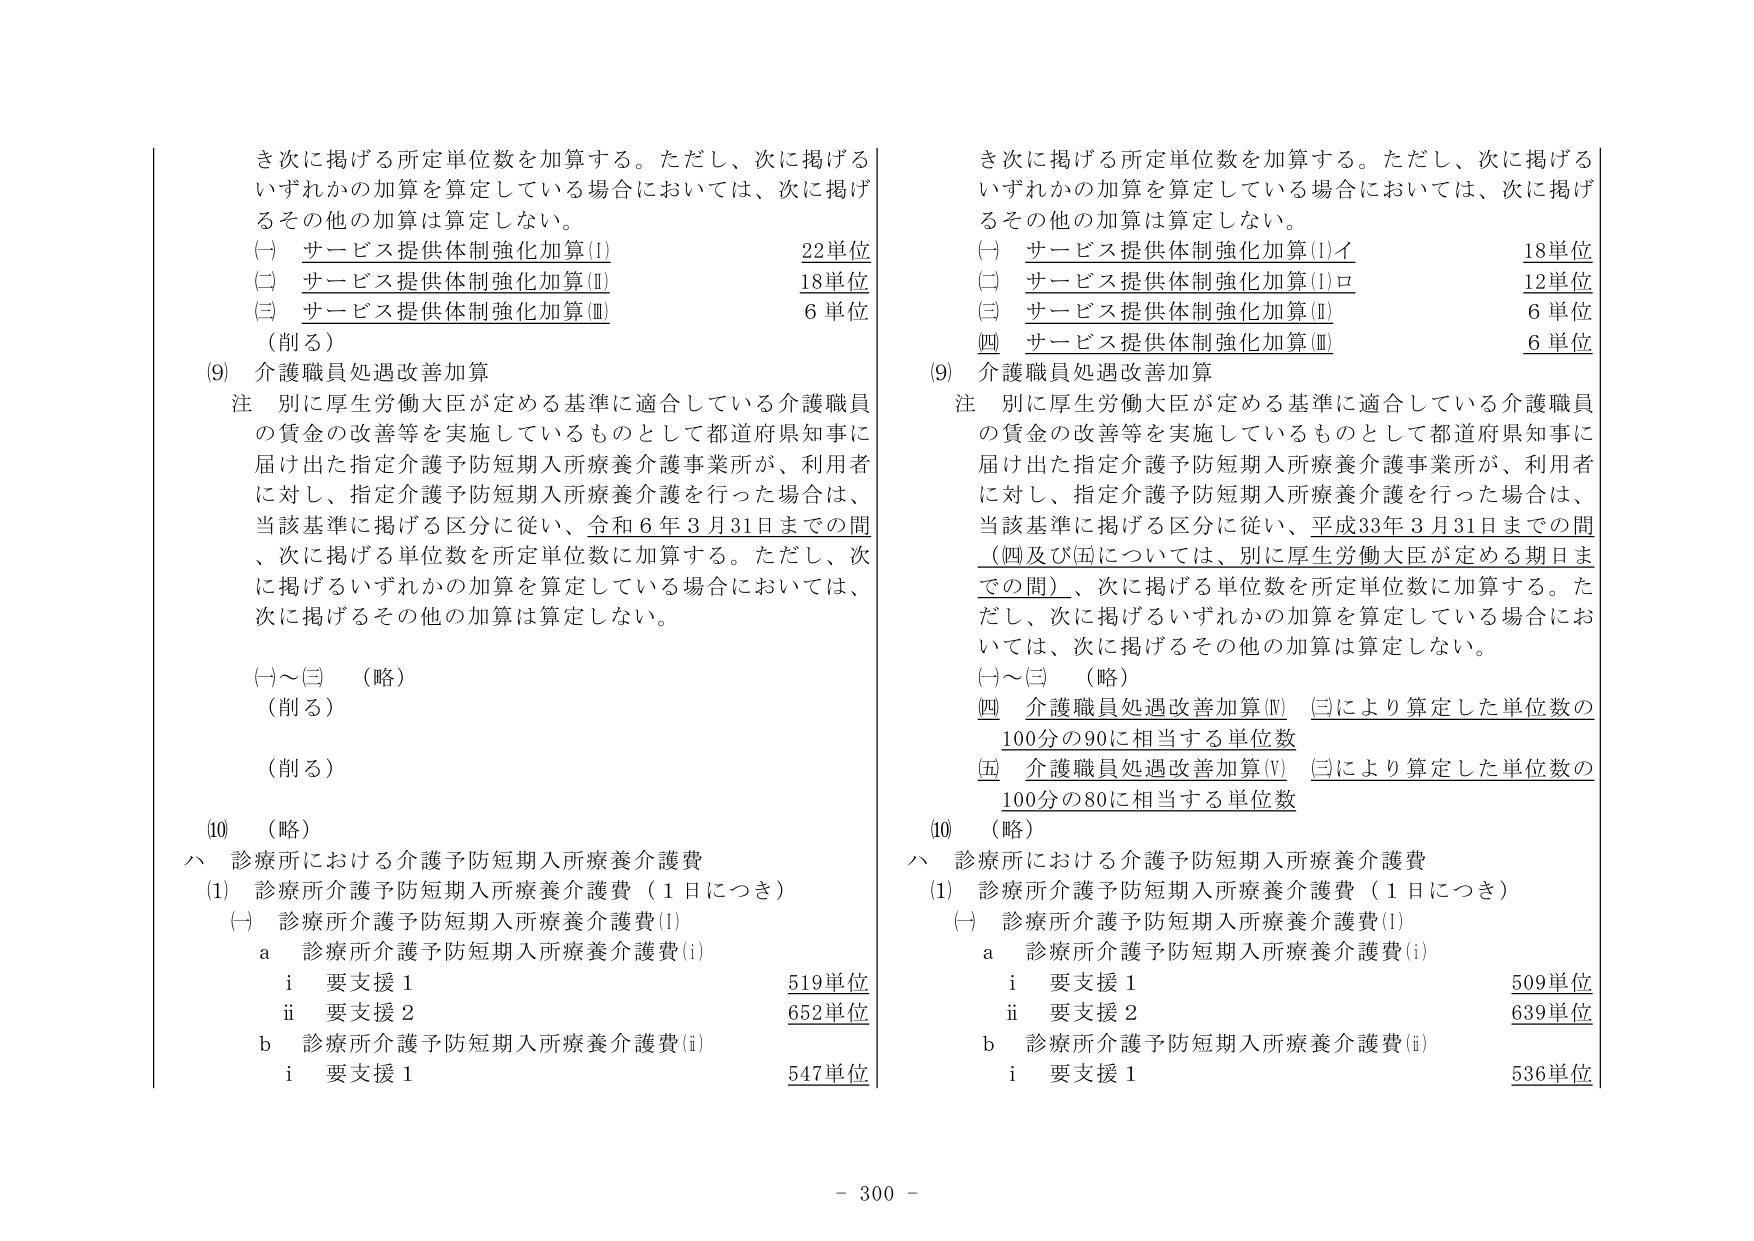
き次に掲げる所定単位数を加算する。ただし、次に掲げるいずれかの加算を算定している場合においては、次に掲げるその他の加算は算定しない。
(一) サービス提供体制強化加算(I) 22単位
(二) サービス提供体制強化加算(Ⅱ) 18単位
(三) サービス提供体制強化加算(Ⅲ) 6単位
（削る）
(9) 介護職員処遇改善加算
注 別に厚生労働大臣が定める基準に適合している介護職員の賃金の改善等を実施しているものとして都道府県知事に届け出た指定介護予防短期入所療養介護事業所が、利用者に対し、指定介護予防短期入所療養介護を行った場合は、当該基準に掲げる区分に従い、令和6年3月31日までの間、次に掲げる単位数を所定単位数に加算する。ただし、次に掲げるいずれかの加算を算定している場合においては、次に掲げるその他の加算は算定しない。
(一)～(三) （略）
（削る）
（削る）
(10) （略）
ハ 診療所における介護予防短期入所療養介護費
(1) 診療所介護予防短期入所療養介護費（1日につき）
(一) 診療所介護予防短期入所療養介護費(I)
a 診療所介護予防短期入所療養介護費(i)
i 要支援1 519単位
ii 要支援2 652単位
b 診療所介護予防短期入所療養介護費(ii)
i 要支援1 547単位

き次に掲げる所定単位数を加算する。ただし、次に掲げるいずれかの加算を算定している場合においては、次に掲げるその他の加算は算定しない。
(一) サービス提供体制強化加算(I)イ 18単位
(二) サービス提供体制強化加算(I)ロ 12単位
(三) サービス提供体制強化加算(Ⅱ) 6単位
(四) サービス提供体制強化加算(Ⅲ) 6単位
(9) 介護職員処遇改善加算
注 別に厚生労働大臣が定める基準に適合している介護職員の賃金の改善等を実施しているものとして都道府県知事に届け出た指定介護予防短期入所療養介護事業所が、利用者に対し、指定介護予防短期入所療養介護を行った場合は、当該基準に掲げる区分に従い、平成33年3月31日までの間（四及び五については、別に厚生労働大臣が定める期日までの間）、次に掲げる単位数を所定単位数に加算する。ただし、次に掲げるいずれかの加算を算定している場合においては、次に掲げるその他の加算は算定しない。
(一)～(三) （略）
(四) 介護職員処遇改善加算(Ⅳ) (三)により算定した単位数の100分の90に相当する単位数
(五) 介護職員処遇改善加算(V) (三)により算定した単位数の100分の80に相当する単位数
(10) （略）
ハ 診療所における介護予防短期入所療養介護費
(1) 診療所介護予防短期入所療養介護費（1日につき）
(一) 診療所介護予防短期入所療養介護費(I)
a 診療所介護予防短期入所療養介護費(i)
i 要支援1 509単位
ii 要支援2 639単位
b 診療所介護予防短期入所療養介護費(ii)
i 要支援1 536単位

- 300 -